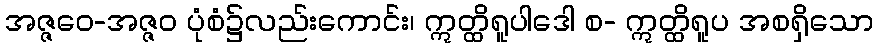
အဇ္ဇဝေ-အဇ္ဇဝ ပုံစံ၌လည်းကောင်း၊ ဣတ္ထိရူပါဒေါ စ- ဣတ္ထိရူပ အစရှိသော